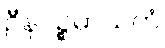
ဦနပဉ္စမာသကံ